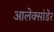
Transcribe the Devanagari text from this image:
आलेक्सांडेर